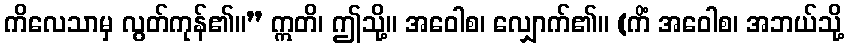
ကိလေသာမှ လွတ်ကုန်၏။” ဣတိ၊ ဤသို့။ အဝေါစ၊ လျှောက်၏။ (ကိံ အဝေါစ၊ အဘယ်သို့